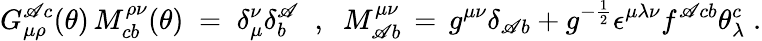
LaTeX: G_{\mu\rho}^{\mathscr{A}c}(\theta)\, M_{cb}^{\rho\nu}(\theta)\; =\; \delta_{\mu}^{\nu}\delta_{b}^{\mathscr{A}}\; \; ,\; \; M_{\mathscr{A}b}^{\mu\nu}\, =\, g^{\mu\nu}\delta_{\mathscr{A}b}+g^{-\frac{{1}}{{2}}}\epsilon^{\mu\lambda\nu}f^{\mathscr{A}cb}\theta_{\lambda}^{c}\; .